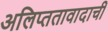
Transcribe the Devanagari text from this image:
अलिप्ततावादाची